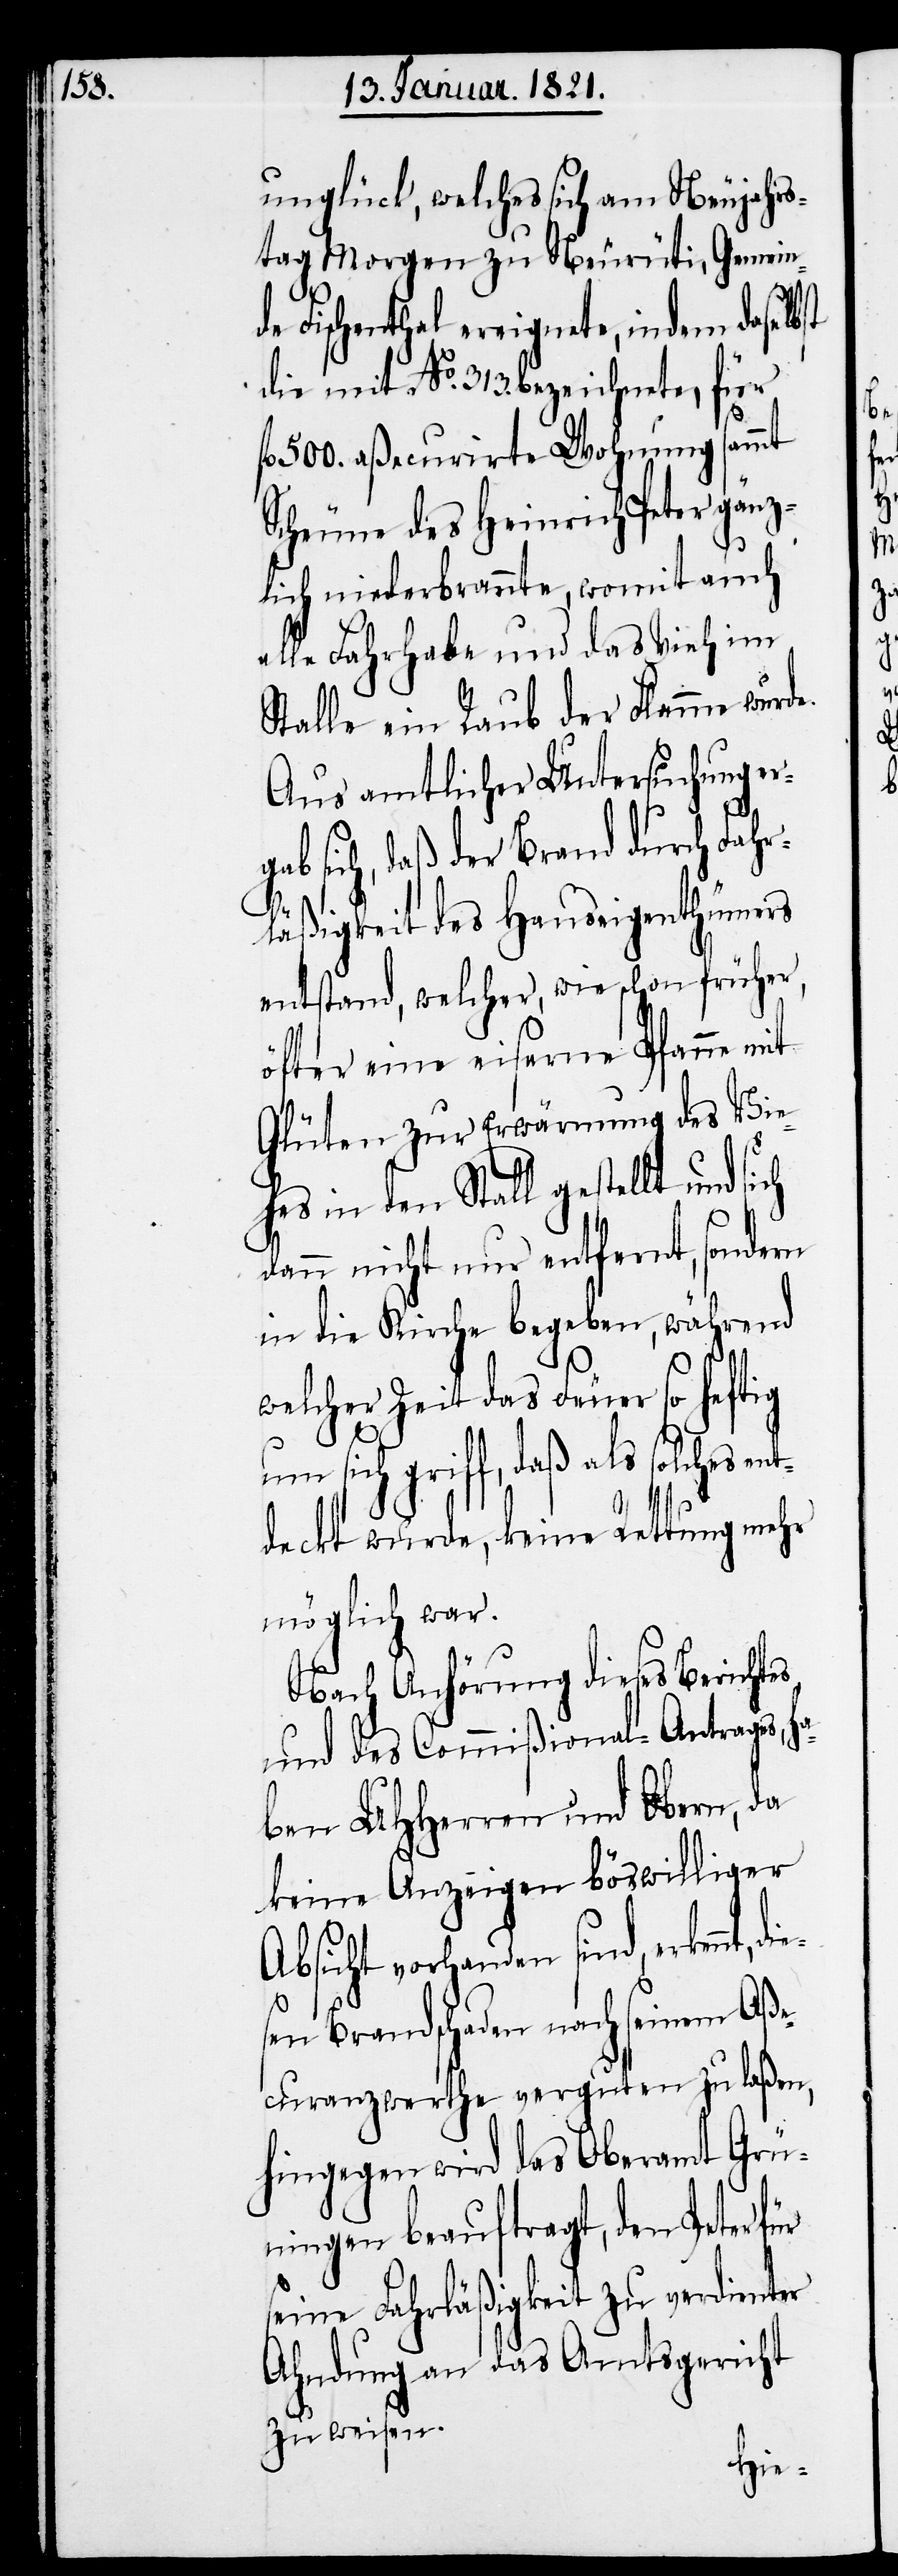
unglück, welches sich am Neujahrs¬
tag Morgen zu Neurüti, Gemein¬
de Fischenthal ereignete, indem daselbst
die mit No. 313. bezeichnete, für
l. 500. aßecurirte Wohnung sammt
Scheune des Heinrich Peter gänz¬
lich niederbrannte, womit auch
alle Fahrhabe und das Vieh im
Stalle ein Raub der Flamme wurde.
Aus amtlicher Untersuchung er¬
sich, daß der Brand durch Fahr¬
läßigkeit des Hauseigenthümers
entstand, welcher, wie schon früher,
öfter eine eiserne Pfanne mit
Gluten zur Erwärmung des Vie¬
hes in den Stall gestellt und
dann nicht nur entfernt, sondern
in die Kirche begeben, während
welcher Zeit das Feuer so heftig
gab
um sich griff, daß als solches en¬
tdeckt wurde, keine Rettung mehr
möglich war.
Nach Anhörung dieses Berichtes
und des Commißional-Antrages, h¬
aben UHHerren und Obern, da
keine Anzeigen böswilliger
Absicht vorhanden sind, erkennt,
sen Brandschaden nach seinem Aße¬
curanzwerthe verguten zu laßen,
hingegen wird das Oberamt Grü¬
ningen beauftragt, den Peter für
seine Fahrläßigkeit zu verdienter
Ahndung an das Amtsgericht
zu weisen.
die¬